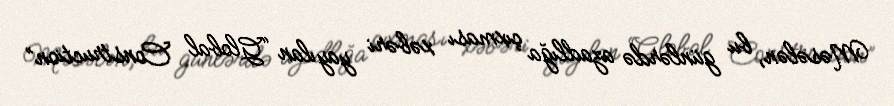
Məsələn, bu günlərdə azadlığa çıxması xəbəri yayılan “Global Construction”